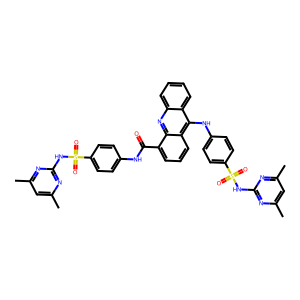
SMILES: Cc1cc(C)nc(NS(=O)(=O)c2ccc(NC(=O)c3cccc4c(Nc5ccc(S(=O)(=O)Nc6nc(C)cc(C)n6)cc5)c5ccccc5nc34)cc2)n1
Inhibits HIV replication: No